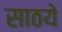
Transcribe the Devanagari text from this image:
साठये